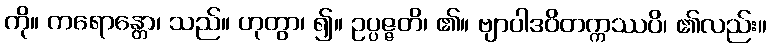
ကို။ ကရောန္တော၊ သည်။ ဟုတွာ၊ ၍။ ဥပ္ပဇ္ဇတိ၊ ၏။ ဗျာပါဒဝိတက္ကဿပိ၊ ၏လည်း။